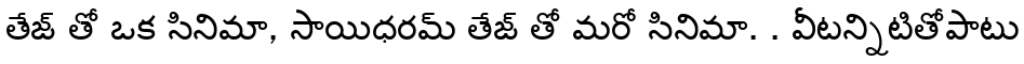
తేజ్ తో ఒక సినిమా, సాయిధరమ్ తేజ్ తో మరో సినిమా. . వీటన్నిటితోపాటు